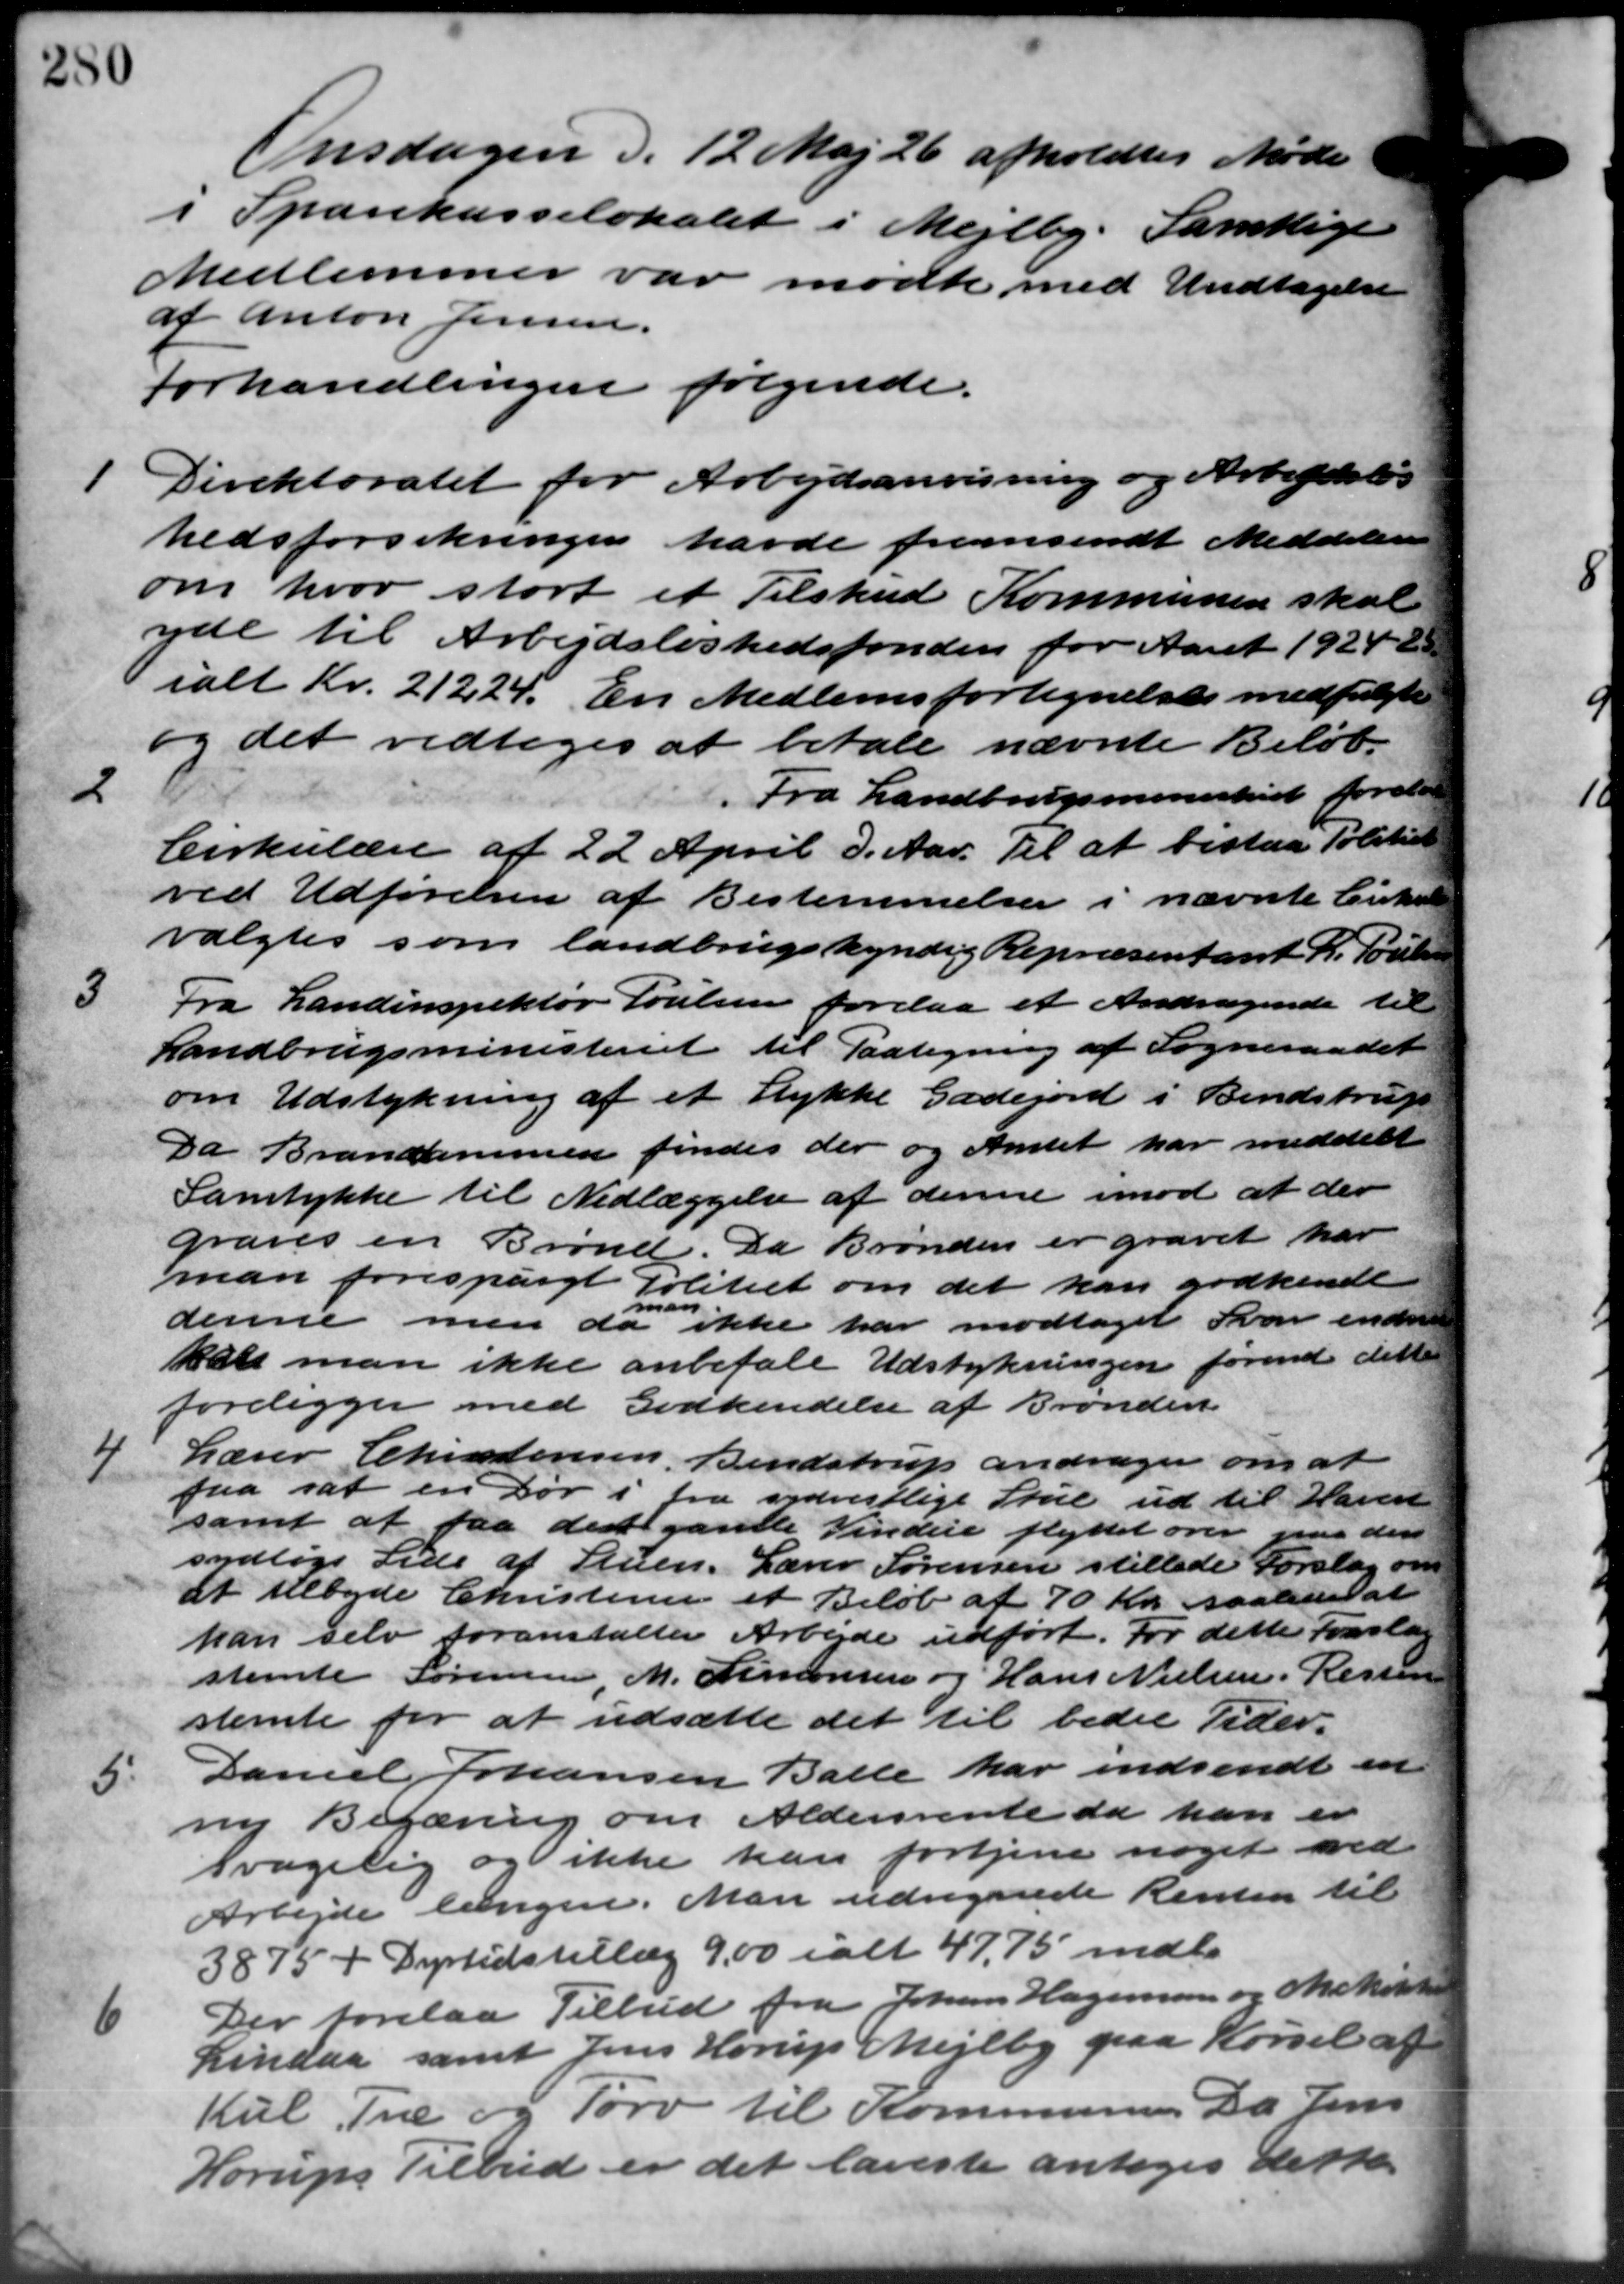
Transskription:
Onsdagen d. 12 Maj 26 afholdtes Møde
Sparekasselokalet i Mejlby. Samtlige
Medlemmer var mødte med Undtagelse
af Anton Jensen.
forhandlingen følgende.
1
Direktoratet for Arbejdsanvisning og Arbejdsløs
hedsforsikringen havde fremsendt Meddelelse
om hvor stort et Tilskud Kommunen skal
yde til Arbejdsløshedsfonden for Aaret 1924-2
ialt Kr. 21224. En Medlemsfortegnelse medfulgte
og det vedtoges at betale nævnte Beløb.
2
Fra Landbrugsministeriet forelaa
Cirkulære af 22 April d. Aar. Til at bestaa Politid
ved Udførelsen af Bestemmelser i nævnte Cirkulære
valgtes som landbrugskyndig Repræsentant R. Poulsen
3
Fra Landinspektør Poulsen forelaa et Andragende til
Landbrugsministeriet til Paategning af Sogneraadet
om Udstykning af et Stykke Gadejord i Bendstrup
Da Brandammen findes der og Amtet har meddelet
Samtykke til Nedlæggelse af denne imod at der
graves en Brønd. Da Brønden er gravet har
man forespurgt Politiet om det kan godkendt
man
denne men da ikke har modtaget Svar endnu
kan man ikke anbefale Udstykningen førend dette
foreligger med Godkendelse af Brønden

Lærer Christensen, Bendstrup andrager om at
faa sat en Dør i fra sydvestlige Stue ud til Haven
samt at faa den gaville Vindue flyttet over paa den
sydlige Side af Stuen. Lærer Sørensen stillede Forslag om
at tilbyde Christensen et Beløb af 70 Kr. saaledes at
han selv foranstalter Arbejde udført. For dette Forslag
stemte Sørensen M. Simonsen og Hans Nielsen. Resten
stemte for at udsætte det til bedre Tider.
5.
Daniel Johansen Balle har indsendt en
ny Begæring om Aldersrente da han er
svagelig og ikke kan fortjene noget ved
Arbejde længere. Man udregnede Renten til
3875 + Dyrtidstillæg 9.00 ialt 47,75 mdl.

Der forelaa Tilbud fra Johan Hagensen og Mekikke
Lindaa samt Jens Horup Mejlby paa Kørsel af
Kul Træ og Tørv til Kommunens Da Jens
Horups Tilbud er det laveste antoges dette